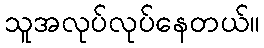
သူအလုပ်လုပ်နေတယ်။